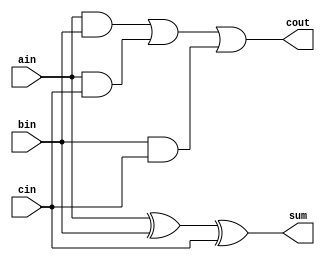
`timescale 1ns / 1ps
//////////////////////////////////////////////////////////////////////////////////
// Company: 
// Engineer: 
// 
// Design Name: 
// Module Name: full_adder
// Project Name: 
// Target Devices: 
// Tool Versions: 
// Description: 
// 
// Dependencies: 
// 
// Revision:
// Revision 0.01 - File Created
// Additional Comments:
// 
//////////////////////////////////////////////////////////////////////////////////


module full_adder(
    output cout,
    output sum,
    input ain,
    input bin,
    input cin
    );
    
    assign sum = ain^bin^cin;
    assign cout= (ain&bin)|(ain&cin)|(bin&cin);
endmodule